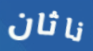
ناثان